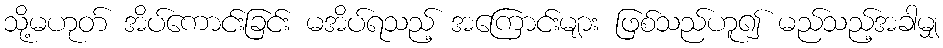
သို့မဟုတ် အိပ်ကောင်းခြင်း မအိပ်ရသည့် အကြောင်းများ ဖြစ်သည်ဟူ၍ မည်သည့်အခါမျှ